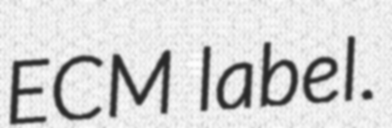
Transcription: ECM label.